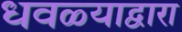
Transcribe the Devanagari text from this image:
धवळ्याद्वारा